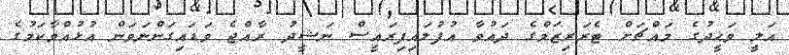
އަލީ ވަޙީދުގެ މައްޗަށް ޓެރަރިޒަމްގެ ދައުވާ އުފުލައިފިރައީސް ނަޝީދު ރާއްޖެ ވަޑައިގަންނަވަން އުޅުއްވާކަމުގެ